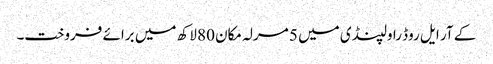
کے آر ایل روڈ راولپنڈی میں 5 مرلہ مکان 80 لاکھ میں برائے فروخت۔